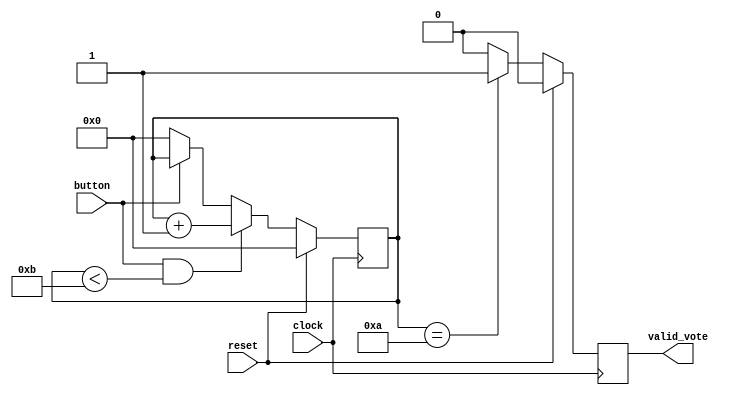
`timescale 1ns / 1ps
module buttoncontrol(
input clock,
input reset,
input button,
output reg valid_vote
);
reg [30:0] counter;
always @(posedge clock)
begin 
if(reset)
counter<=0;
else
begin 
   if(button & counter < 11)
    counter<=counter+1;
else if(!button)
counter<=0;
   end
end
always@(posedge clock)
begin
if(reset)
valid_vote<=1'b0;
else
  begin
       if(counter==10)
       valid_vote=1'b1;
       else 
       valid_vote=1'b0;
   end
end
        
endmodule
module vote_logging(
   input clock,
    input reset,
    input mode,
    input candidate1,
      input candidate2,
      input candidate3,
      input candidate4,
      input candidate5,
      input candidate6,
       output reg [7:0]  candidate1_recieved,
     output    reg [7:0]  candidate2_recieved,
      output  reg [7:0]  candidate3_recieved,
      output    reg [7:0]  candidate4_recieved,
       output    reg [7:0]  candidate5_recieved,
       output   reg [7:0]  candidate6_recieved 
);
   always @(posedge clock)
    begin
    if(reset)
    begin
    candidate1_recieved<=0;
    candidate2_recieved<=0;
    candidate3_recieved<=0;
    candidate4_recieved<=0;
    candidate5_recieved<=0;
    candidate6_recieved<=0;
   end
   else
   begin
   if(candidate1 & mode==0)
   candidate1_recieved <=   candidate1_recieved+1;
  else  if(candidate2 & mode==0)
   candidate2_recieved <=   candidate2_recieved+1;
   else  if(candidate3 & mode==0)
   candidate3_recieved <=   candidate3_recieved+1;
 else if(candidate4 & mode==0)
   candidate4_recieved <=   candidate4_recieved+1;
   else if(candidate5 & mode==0)
   candidate5_recieved <=   candidate5_recieved+1;
   else if(candidate6 & mode==0)
   candidate6_recieved <=   candidate6_recieved+1;
   end
    end
endmodule
module mode_control(
   input clock,
    input reset,
    input mode,
    input valid_vote_casted,
    input [7:0] candidate1_votes,
      input [7:0] candidate2_votes,
        input [7:0] candidate3_votes,
          input [7:0] candidate4_votes,
            input [7:0] candidate5_votes,
                input [7:0] candidate6_votes,
       input candidate1_button_press,
       input candidate2_button_press,
       input candidate3_button_press,
       input candidate4_button_press,
       input candidate5_button_press,
       input candidate6_button_press,
       output reg [7:0]result
);
reg [30:0] counter; 
always @(posedge clock)
begin
if(reset)
counter<=0;
else if (valid_vote_casted)
counter<=counter+1;
else if(counter!=0 &counter<10)
counter<=counter+1;
else 
counter<=0;
end

always @(posedge clock)
begin
if(reset)
result<=0;
else 
begin
if(mode==0 & counter > 0)
result<=8'hFF;
else if(mode==0)
result<=8'h00;
else if(mode==1)
begin 
if(candidate1_button_press)
result<=candidate1_votes;
 else if(candidate2_button_press)
result<=candidate2_votes;
 else if(candidate3_button_press)
result<=candidate3_votes;
 else if(candidate4_button_press)
result<=candidate4_votes;
else if(candidate5_button_press)
result<=candidate5_votes;
else if(candidate6_button_press)
result<=candidate6_votes;
end
end
end
endmodule

module evm(
  input clock,
    input reset,
    input mode,
       input candidate1_button,
       input candidate2_button,
       input candidate3_button,
       input candidate4_button,
       input candidate5_button,
       input candidate6_button,
       output [7:0]result
       
);
wire anyValid_vote;
wire valid_vote1;
wire valid_vote2;
wire valid_vote3;
wire valid_vote4;
wire valid_vote5;
wire valid_vote6;
 wire [7:0] candidate1_vote_recieved;
wire [7:0] candidate2_vote_recieved;
wire  [7:0] candidate3_vote_recieved;
wire  [7:0] candidate4_vote_recieved;
wire  [7:0] candidate5_vote_recieved;
wire  [7:0] candidate6_vote_recieved;
 assign anyValid_vote=valid_vote1|valid_vote2|valid_vote3|valid_vote4|valid_vote5|valid_vote6;
buttoncontrol bc1(
.clock(clock),
.reset(reset),
.button(candidate1_button),
.valid_vote(valid_vote1));
buttoncontrol bc2(
.clock(clock),
.reset(reset),
.button(candidate2_button),
.valid_vote(valid_vote2));
buttoncontrol bc3(
.clock(clock),
.reset(reset),
.button(candidate3_button),
.valid_vote(valid_vote3));
buttoncontrol bc4(
.clock(clock),
.reset(reset),
.button(candidate4_button),
.valid_vote(valid_vote4));
buttoncontrol bc5(
.clock(clock),
.reset(reset),
.button(candidate5_button),
.valid_vote(valid_vote5));
buttoncontrol bc6(
.clock(clock),
.reset(reset),
.button(candidate6_button),
.valid_vote(valid_vote6));

vote_logging vl(
.clock(clock),
.reset(reset),
.mode(mode),
 .candidate1(valid_vote1),
 .candidate2(valid_vote2),
 .candidate3(valid_vote3),
 .candidate4(valid_vote4),
 .candidate5(valid_vote5),
 .candidate6(valid_vote6),
        .candidate1_recieved(candidate1_vote_recieved),
        .candidate2_recieved(candidate2_vote_recieved),
        .candidate3_recieved(candidate3_vote_recieved),
        .candidate4_recieved(candidate4_vote_recieved),
        .candidate5_recieved(candidate5_vote_recieved),
 .candidate6_recieved(candidate6_vote_recieved));
     


mode_control Mc(
 .clock(clock),
    .reset(reset),
     .mode(mode),
   .valid_vote_casted(anyValid_vote),
   .candidate1_votes(candidate1_vote_recieved),
   .candidate2_votes(candidate2_vote_recieved),
   .candidate3_votes(candidate3_vote_recieved),
   .candidate4_votes(candidate4_vote_recieved),
   .candidate5_votes(candidate5_vote_recieved),
   .candidate6_votes(candidate6_vote_recieved),
      .candidate1_button_press(valid_vote1),
      .candidate2_button_press(valid_vote2),
      .candidate3_button_press(valid_vote3),
      .candidate4_button_press(valid_vote4),
      .candidate5_button_press(valid_vote5),
      .candidate6_button_press(valid_vote6),
      .result(result)
                        
);

endmodule